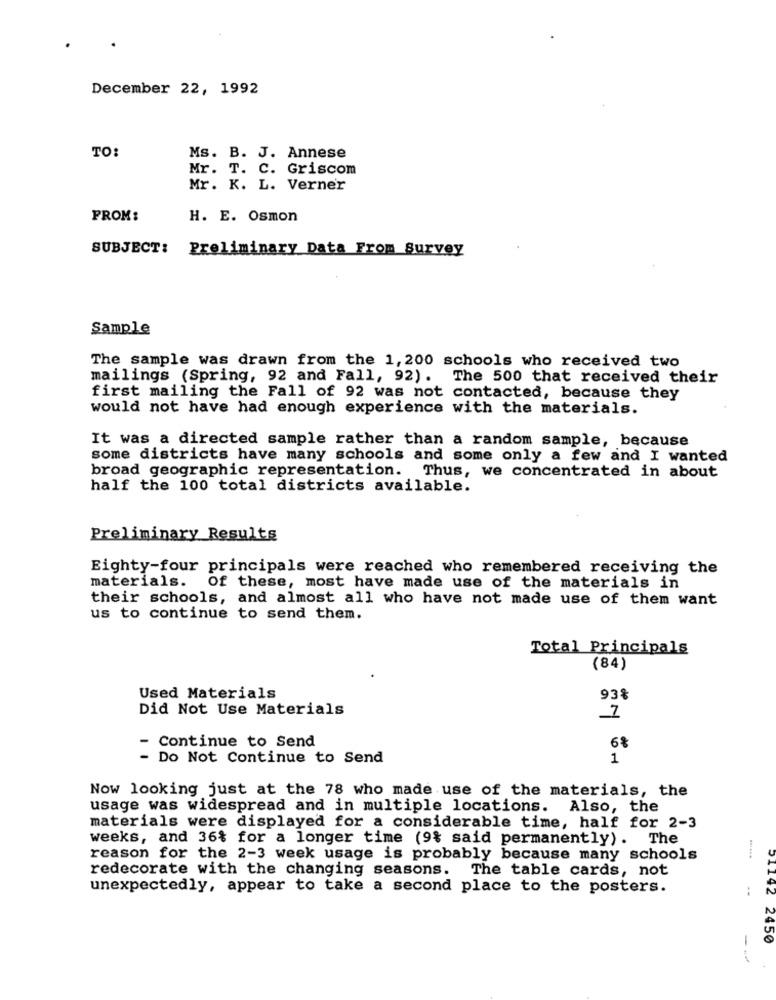
December 22, 1992
TO:
Ms. B. J. Annese
Mr. T. C. Griscom
Mr. K. L. Verner
FROM:
H. E. Osmon
SUBJECT: Preliminary Data From Survey
Sample
The sample was drawn from the 1, 200 schools who received two
mailings (Spring, 92 and Fall, 92). The 500 that received their
first mailing the Fall of 92 was not contacted, because they
would not have had enough experience with the materials.
It was a directed sample rather than a random sample, because
some districts have many schools and some only a few and I wanted
broad geographic representation. Thus, we concentrated in about
half the 100 total districts available.
Preliminary Results
Eighty-four principals were reached who remembered receiving the
materials. Of these, most have made use of the materials in
their schools, and almost all who have not made use of them want
us to continue to send them.
Total Principals
(84)
Used Materials
93%
Did Not Use Materials
6%
Continue to Send
Do Not Continue to Send
1
Now looking just at the 78 who made use of the materials, the
usage was widespread and in multiple locations. Also, the
materials were displayed for a considerable time, half for 2-3
weeks, and 36% for a longer time (9% said permanently). The
reason for the 2-3 week usage is probably because many schools
redecorate with the changing seasons. The table cards, not
unexpectedly, appear to take a second place to the posters.
51142 2450